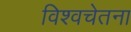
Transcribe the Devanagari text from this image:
विश्वचेतना